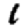
Digit: 1